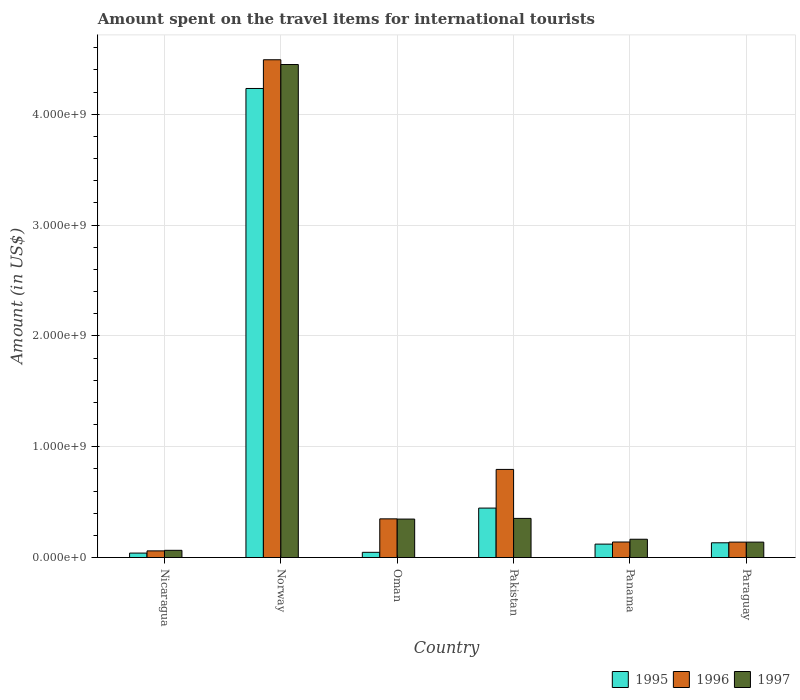
| Country | 1995 | 1996 | 1997 |
 | --- | --- | --- | --- |
 | Nicaragua | 4e+07 | 6e+07 | 6.5e+07 |
 | Norway | 4.23e+09 | 4.49e+09 | 4.45e+09 |
 | Oman | 4.7e+07 | 3.49e+08 | 3.47e+08 |
 | Pakistan | 4.46e+08 | 7.95e+08 | 3.53e+08 |
 | Panama | 1.21e+08 | 1.4e+08 | 1.65e+08 |
 | Paraguay | 1.33e+08 | 1.39e+08 | 1.39e+08 |